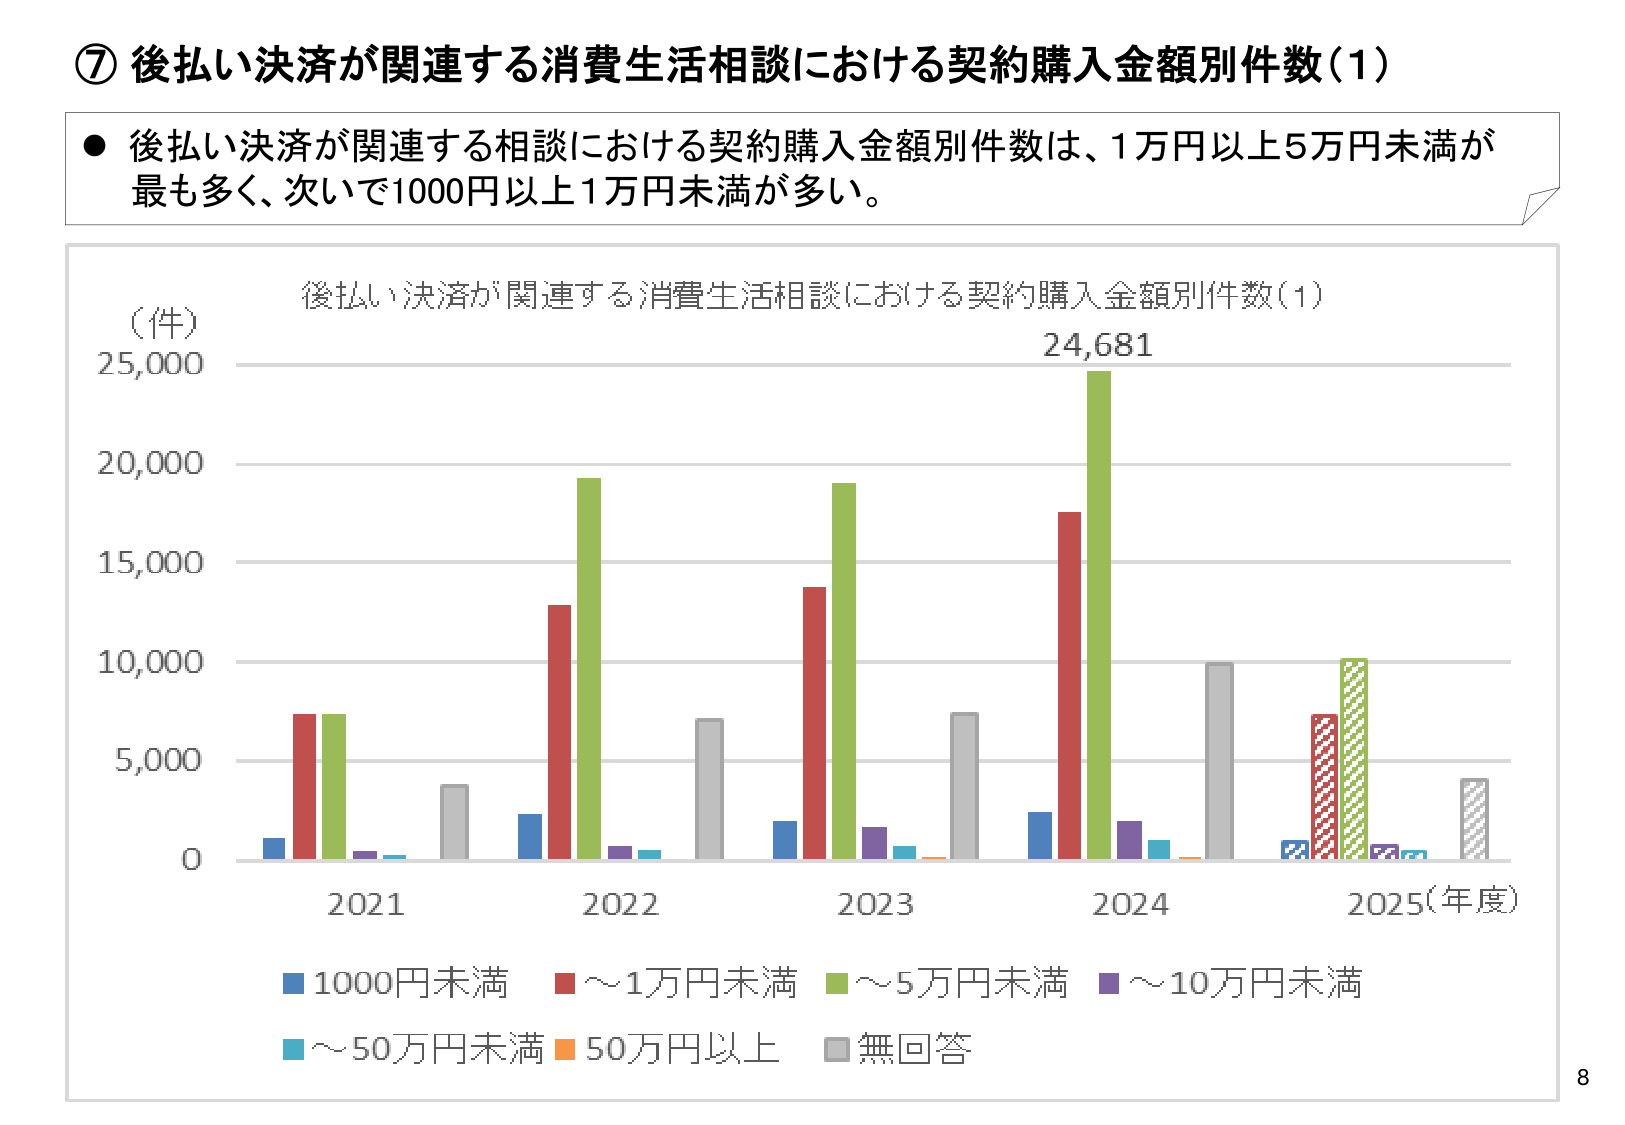
⑦ 後払い決済が関連する消費生活相談における契約購入金額別件数（1）

● 後払い決済が関連する相談における契約購入金額別件数は、1万円以上5万円未満が最も多く、次いで1000円以上1万円未満が多い。

（件）
25,000
20,000
15,000
10,000
5,000
0

後払い決済が関連する消費生活相談における契約購入金額別件数（1）
24,681

2021
2022
2023
2024
2025（年度）

■ 1000円未満
■ ～1万円未満
■ ～5万円未満
■ ～10万円未満
■ ～50万円未満
■ 50万円以上
■ 無回答

8